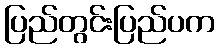
ပြည်တွင်းပြည်ပက